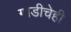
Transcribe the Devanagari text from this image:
गाडीचेही